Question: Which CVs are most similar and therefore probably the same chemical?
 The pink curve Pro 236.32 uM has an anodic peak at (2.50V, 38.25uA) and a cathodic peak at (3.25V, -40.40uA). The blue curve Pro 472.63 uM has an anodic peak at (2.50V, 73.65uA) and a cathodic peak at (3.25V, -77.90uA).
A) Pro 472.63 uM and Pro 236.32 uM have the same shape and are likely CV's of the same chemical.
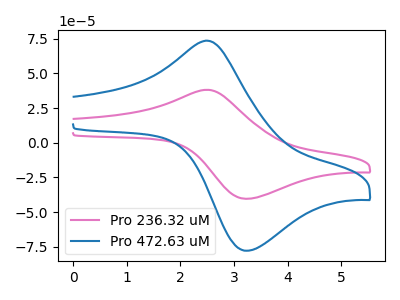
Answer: <think>All the peaks in "Pro 236.32 uM" have a peak in "Pro 472.63 uM" at the same potential. Every peak in "Pro 236.32 uM" is lower than every peak in "Pro 472.63 uM".
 </think>
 <answer>A) "Pro 472.63 uM" and "Pro 236.32 uM" have the same shape and are likely CV's of the same chemical.</answer>
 <eval>A</eval>